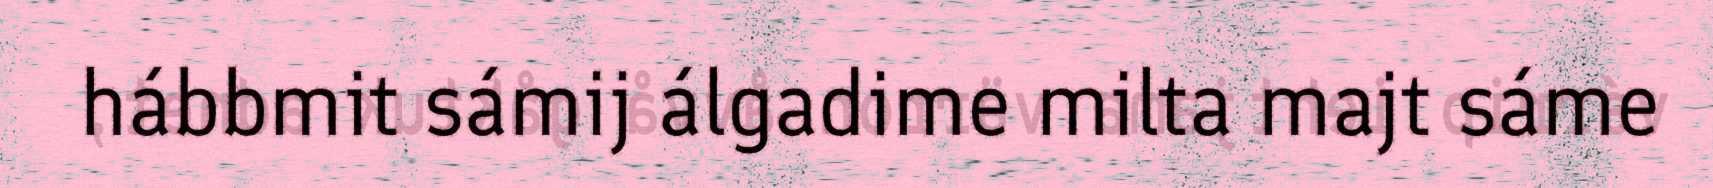
hábbmit sámij álgadime milta majt sáme